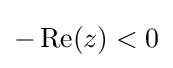
-\operatorname {Re} (z)<0